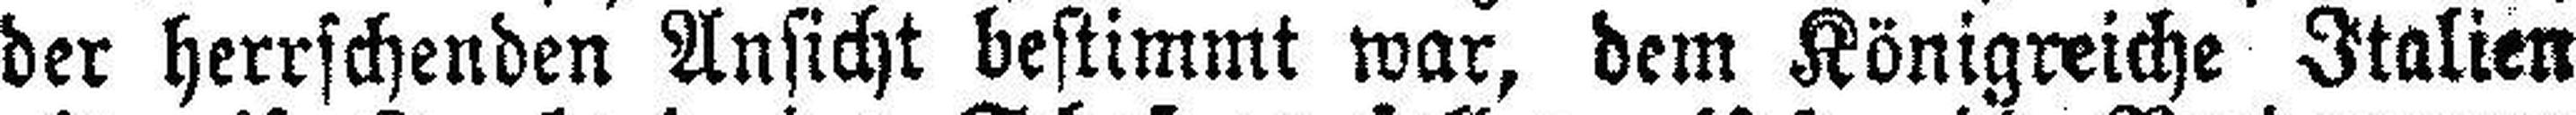
der herrschenden Ansicht bestimmt war, dem Königreiche Italien